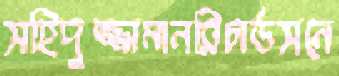
সহিদুজ্জামানরিচার্ডসনে